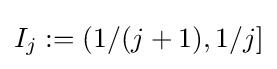
I_{j}:=(1/(j+1),1/j]